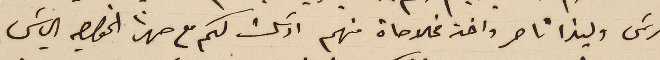
بطرسَ وليندا ناصر واخذ مخالاصاة منهم ارسَلت لكم مع صهرنا الخواجه  الياسَ